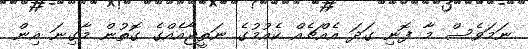
ނަމަވެސް މާ ފޮނި ގަދަ އެއްޗެއް ކެއުމުގެ ނަތީޖާއެއްގެ ގޮތުން މާގިނަ އިން